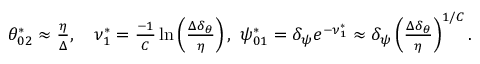
\begin{array} { r } { \theta _ { 0 2 } ^ { * } \approx \frac { \eta } { \Delta } , \ \ \ \nu _ { 1 } ^ { * } = \frac { - 1 } { C } \ln \left( \frac { \Delta \delta _ { \theta } } { \eta } \right) , \ \psi _ { 0 1 } ^ { * } = \delta _ { \psi } e ^ { - \nu _ { 1 } ^ { * } } \approx \delta _ { \psi } \left( \frac { \Delta \delta _ { \theta } } { \eta } \right) ^ { 1 / C } . } \end{array}